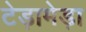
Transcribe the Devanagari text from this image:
टेड़ामेड़ा